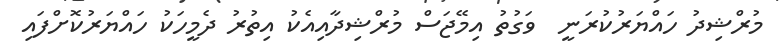
މުރްޝިދު ހައްޔަރުކުރަނީ  ވަގުތު އިމޭޖަސް މުރްޝިދާއިއެކު އިތުރު ދެމީހަކު ހައްޔަރުކޮށްފައި